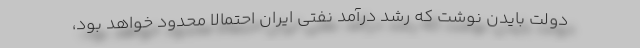
دولت بایدن نوشت که رشد درآمد نفتی ایران احتمالاً محدود خواهد بود،